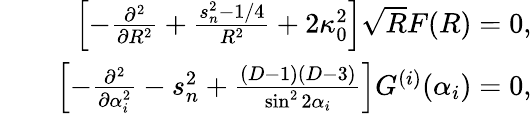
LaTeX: \begin{array}{rlr}&{}&{\left[-\frac{\partial^{2}}{\partial R^{2}}+\frac{s_{n}^{2}-1/4}{R^{2}}+2\kappa_{0}^{2}\right]\sqrt{R}F(R)=0,}\\ &{}&{\left[-\frac{\partial^{2}}{\partial\alpha_{i}^{2}}-s_{n}^{2}+\frac{(D-1)(D-3)}{\sin^{2}2\alpha_{i}}\right]G^{(i)}(\alpha_{i})=0,}\end{array}